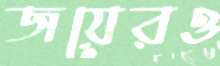
জয়েরও